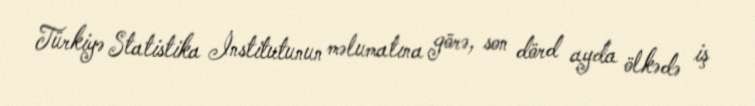
Türkiyə Statistika İnstitutunun məlumatına görə, son dörd ayda ölkədə iş